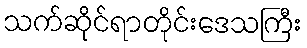
သက်ဆိုင်ရာတိုင်းဒေသကြီး